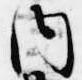
内